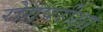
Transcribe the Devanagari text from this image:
रोगपरीक्षा